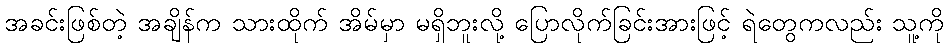
အခင်းဖြစ်တဲ့ အချိန်က သားထိုက် အိမ်မှာ မရှိဘူးလို့ ပြောလိုက်ခြင်းအားဖြင့် ရဲတွေကလည်း သူ့ကို